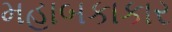
મહાબકાકાર